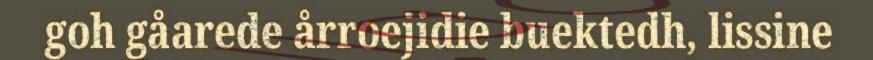
goh gåarede årroejidie buektedh, lissine